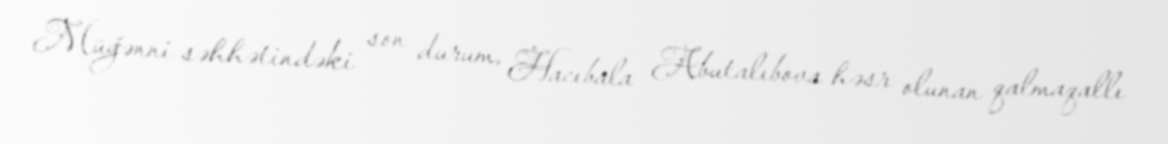
Müğənni səhhətindəki son durum, Hacıbala Abutalıbova həsr olunan qalmaqallı